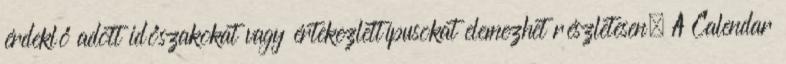
érdeklő adott időszakokat vagy értekezlettípusokat elemezhet részletesen. A Calendar